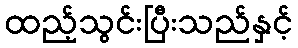
ထည့်သွင်းပြီးသည်နှင့်